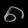
Digit: ၈